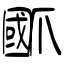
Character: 爴